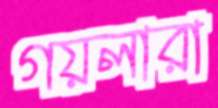
গয়লারা